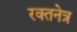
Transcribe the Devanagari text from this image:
रक्तनेत्र